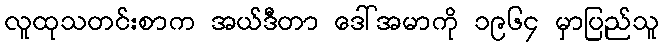
လူထုသတင်းစာက အယ်ဒီတာ ဒေါ်အမာကို ၁၉၆၄ မှာပြည်သူ